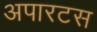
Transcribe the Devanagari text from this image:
अपारटस